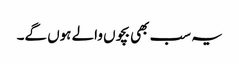
یہ سب بھی بچوں والے ہوں گے۔